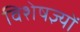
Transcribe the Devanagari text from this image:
विशेषज्ञ्यों